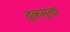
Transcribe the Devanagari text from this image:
तुकमुक्त